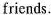
friends。